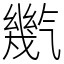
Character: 㡮